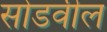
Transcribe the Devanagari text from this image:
सोडवील